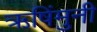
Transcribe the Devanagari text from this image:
ऋषिंमुनी